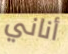
أناني